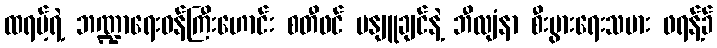
ထရမ့်ရဲ့ ဘဏ္ဍာရေးဝန်ကြီးဟောင်း စတီဖင် မနျူချင်နဲ့ ဘီလျံနာ စီးပွားရေးသမား ဖရန့်ခ်